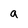
Character: a